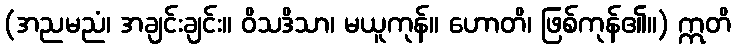
(အညမညံ၊ အချင်းချင်း။ ဝိသဒိသာ၊ မယူကုန်။ ဟောတိ၊ ဖြစ်ကုန်၏။) ဣတိ